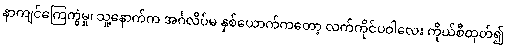
နာကျင်ကြေကွဲမှု၊ သူ့နောက်က အင်္ဂလိပ်မ နှစ်ယောက်ကတော့ လက်ကိုင်ပဝါလေး ကိုယ်စီထုတ်၍